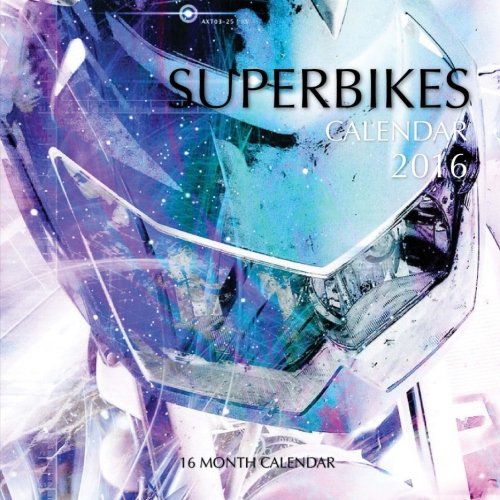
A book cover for Superbikes Calendar 2016: 16 Month Calendar; Jack Smith; Calendars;